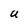
Character: U